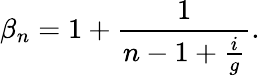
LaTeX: \beta_{n}=1+\frac{1}{n-1+\frac{i}{g}}.